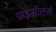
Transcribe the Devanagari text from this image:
ग्राइसीलर्स